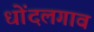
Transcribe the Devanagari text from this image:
धोंदलगाव